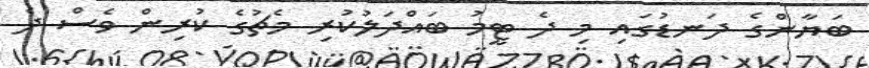
ބަޔާންގެ ދަނޑުގައި މި ދެ ޓީމު ބައްދަލުކުރި މެޗުގެ ކުރިން ވެސް ދެ